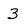
Character: 3